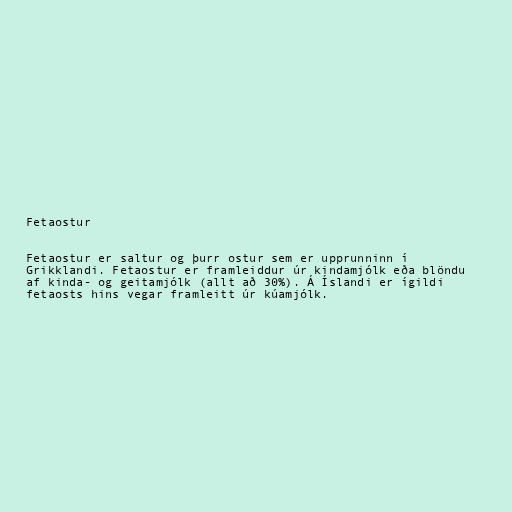
Fetaostur

Fetaostur er saltur og þurr ostur sem er upprunninn í
Grikklandi. Fetaostur er framleiddur úr kindamjólk eða blöndu
af kinda- og geitamjólk (allt að 30%). Á Íslandi er ígildi
fetaosts hins vegar framleitt úr kúamjólk.